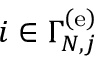
i \in \Gamma _ { N , j } ^ { \left( \mathrm { e } \right) }